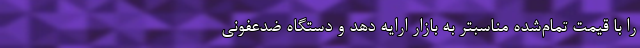
را با قیمت‌ تمام‌شده مناسبتر به بازار ارایه دهد و دستگاه‌ ضدعفونی